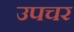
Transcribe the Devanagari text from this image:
उपचर